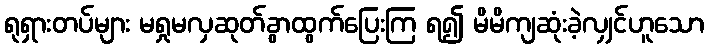
ရုရှားတပ်များ မရှုမလှဆုတ်ခွာထွက်ပြေးကြ ရ၍ မိမိကျဆုံးခဲ့လျှင်ဟူသော